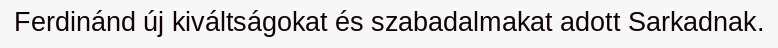
Ferdinánd új kiváltságokat és szabadalmakat adott Sarkadnak.